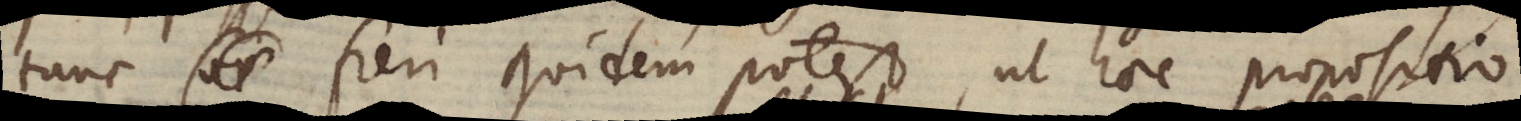
tunc fieri quidem potest, ut haec propositio